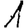
Digit: 1